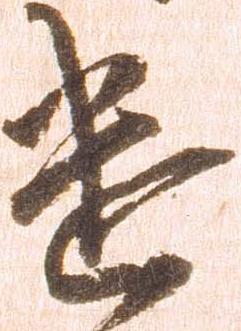
遣